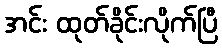
အင်း ထုတ်ခိုင်းလိုက်ပြီ